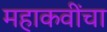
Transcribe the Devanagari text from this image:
महाकवींचा